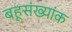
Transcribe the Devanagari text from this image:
बहूसंख्यांक